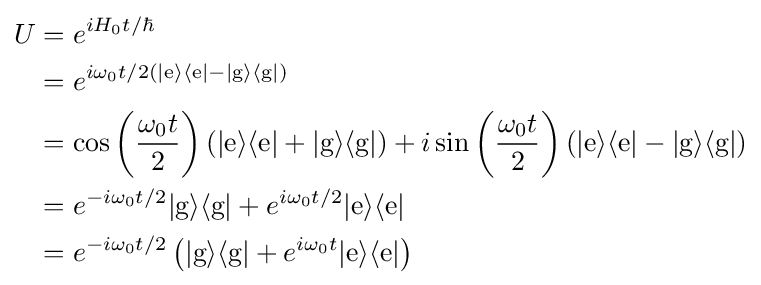
{\begin{aligned}U&=e^{iH_{0}t/\hbar }\\&=e^{i\omega _{0}t/2(|{\text{e}}\rangle \langle {\text{e}}|-|{\text{g}}\rangle \langle {\text{g}}|)}\\&=\cos \left({\frac {\omega _{0}t}{2}}\right)\left(|{\text{e}}\rangle \langle {\text{e}}|+|{\text{g}}\rangle \langle {\text{g}}|\right)+i\sin \left({\frac {\omega _{0}t}{2}}\right)\left(|{\text{e}}\rangle \langle {\text{e}}|-|{\text{g}}\rangle \langle {\text{g}}|\right)\\&=e^{-i\omega _{0}t/2}|{\text{g}}\rangle \langle {\text{g}}|+e^{i\omega _{0}t/2}|{\text{e}}\rangle \langle {\text{e}}|\\&=e^{-i\omega _{0}t/2}\left(|{\text{g}}\rangle \langle {\text{g}}|+e^{i\omega _{0}t}|{\text{e}}\rangle \langle {\text{e}}|\right)\end{aligned}}